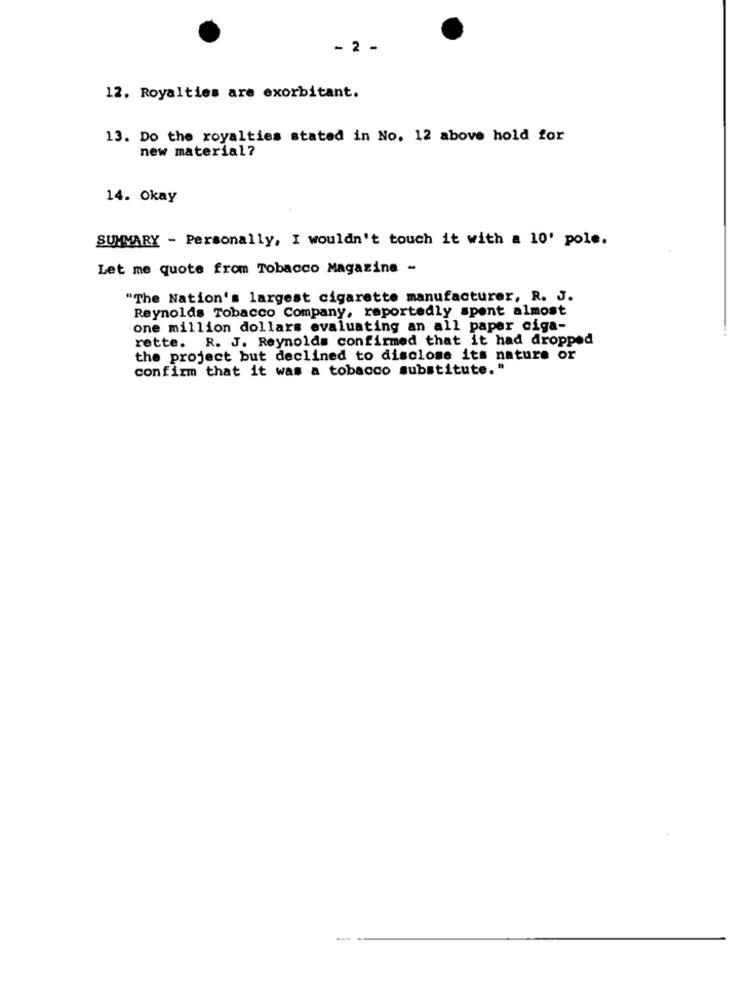
- 2 -
12. Royalties are exorbitant.
13. Do the royalties stated in No. 12 above hold for
new material?
14. Okay
SUMMARY - Personally, I wouldn't touch it with a 10' pole.
Let me quote from Tobacco Magazine -
"The Nation's largest cigarette manufacturer, R. J.
Reynolds Tobacco Company, reportedly spent almost
one million dollars evaluating an all paper ciga-
rette. R. J. Reynolds confirmed that it had dropped
the project but declined to disclose its nature or
confirm that it was a tobacco substitute."